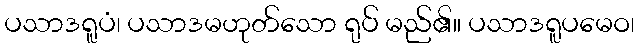
ပသာဒရူပံ၊ ပသာဒမဟုတ်သော ရုပ် မည်၏။ ပသာဒရူပမေဝ၊